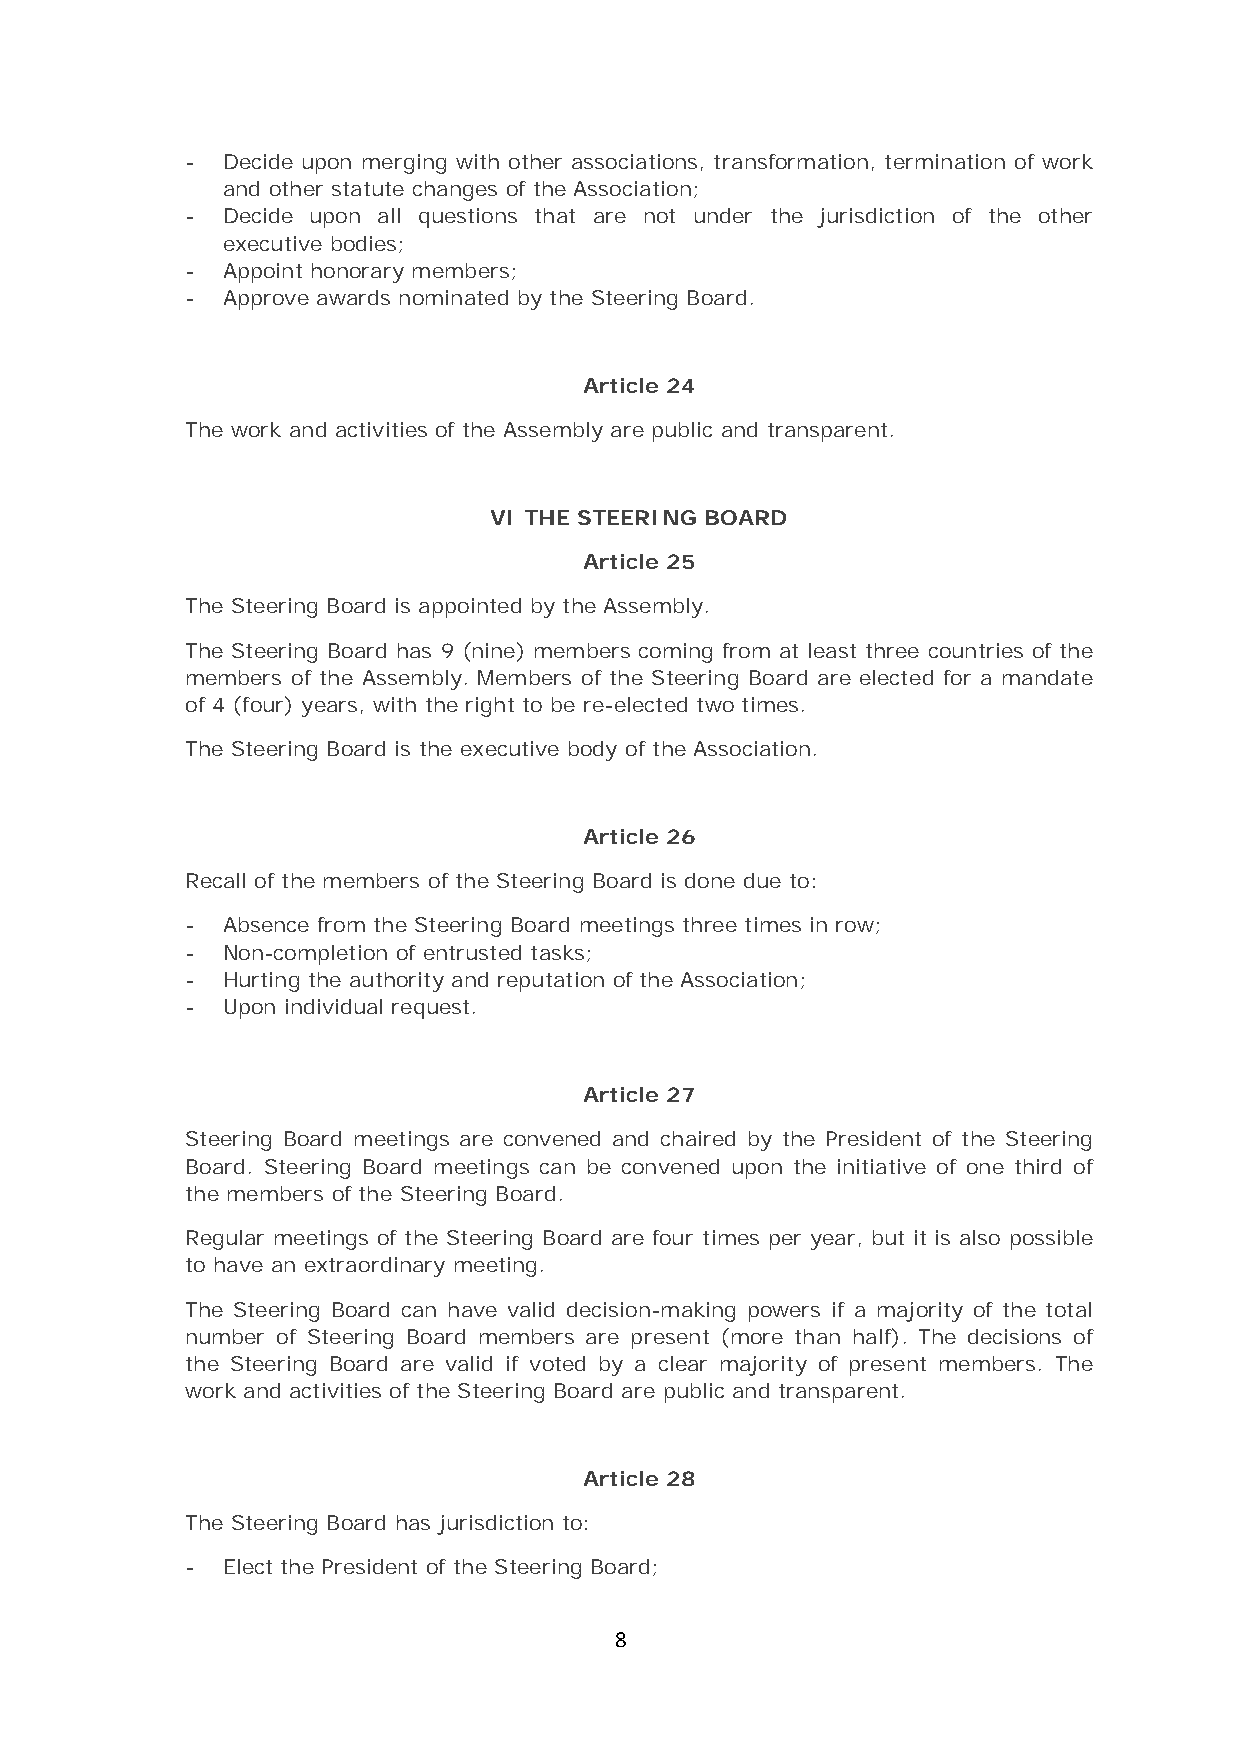
-  Decide upon merging with other associations, transformation, termination of work
 and other statute changes of the Association;
 -  Decide upon all questions that are not under the jurisdiction of the other
 executive bodies;
 -  Appoint honorary members;
 -  Approve awards nominated by the Steering Board.
 Article 24
 The work and activities of the Assembly are public and transparent.
 VI THE STEERING BOARD
 Article 25
 The Steering Board is appointed by the Assembly.
 The Steering Board has 9 (nine) members coming from at least three countries of the
 members of the Assembly. Members of the Steering Board are elected for a mandate
 of 4 (four) years, with the right to be re-elected two times.
 The Steering Board is the executive body of the Association.
 Article 26
 Recall of the members of the Steering Board is done due to:
 -  Absence from the Steering Board meetings three times in row;
 -  Non-completion of entrusted tasks;
 -  Hurting the authority and reputation of the Association;
 -  Upon individual request.
 Article 27
 Steering Board meetings are convened and chaired by the President of the Steering
 Board. Steering Board meetings can be convened upon the initiative of one third of
 the members of the Steering Board.
 Regular meetings of the Steering Board are four times per year, but it is also possible
 to have an extraordinary meeting.
 The Steering Board can have valid decision-making powers if a majority of the total
 number of Steering Board members are present (more than half). The decisions of
 the Steering Board are valid if voted by a clear majority of present members. The
 work and activities of the Steering Board are public and transparent.
 Article 28
 The Steering Board has jurisdiction to:
 -  Elect the President of the Steering Board;
 8